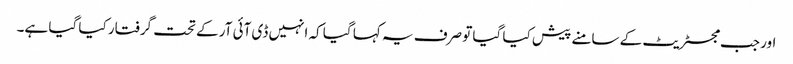
اور جب مجسٹریٹ کے سامنے پیش کیا گیا تو صرف یہ کہا گیا کہ انہیں ڈی آئی آر کے تحت گرفتار کیا گیا ہے۔